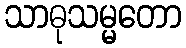
သာဓုသမ္မတော